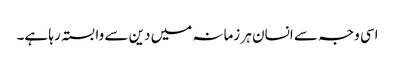
اسی وجہ سے انسان ہر زمانہ میں دین سے وابستہ رہا ہے۔